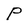
Character: P